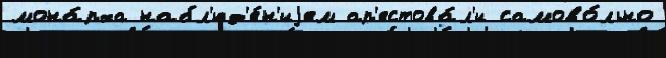
мона́рха набл'юд'е́н'иjем ар'естова́л'и самово́льно